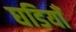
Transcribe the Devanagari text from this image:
घडियाँ